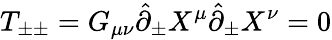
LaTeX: T_{\pm\pm}=G_{\mu\nu}\hat{\partial}_{\pm}X^{\mu}\hat{\partial}_{\pm}X^{\nu}=0